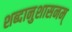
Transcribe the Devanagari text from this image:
शब्दानुशासनम्